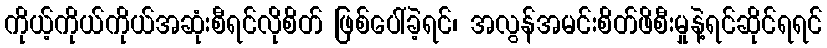
ကိုယ့်ကိုယ်ကိုယ်အဆုံးစီရင်လိုစိတ် ဖြစ်ပေါ်ခဲ့ရင်၊ အလွန်အမင်းစိတ်ဖိစီးမှုနဲ့ရင်ဆိုင်ရရင်